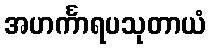
အဟင်္ကာရပသုတာယံ